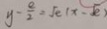
y - \frac { e } { 2 } = \sqrt { e } ( x - \sqrt { e } )